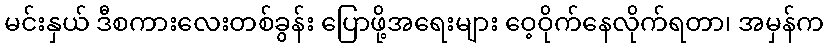
မင်းနှယ် ဒီစကားလေးတစ်ခွန်း ပြောဖို့အရေးများ ဝေ့ဝိုက်နေလိုက်ရတာ၊ အမှန်က